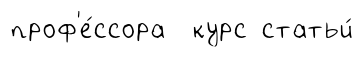
проф'е́ссора курс статьи́